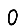
Digit: 0